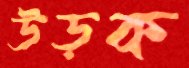
উড়ক